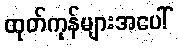
ထုတ်ကုန်များအပေါ်